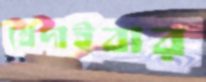
খেদাইবার